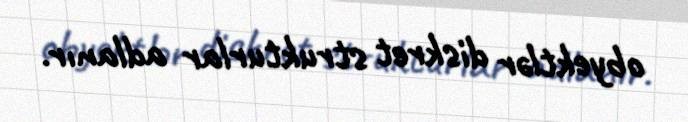
obyektlər diskret strukturlar adlanır.